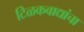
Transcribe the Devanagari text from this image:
टिळकवाद्यांचा